Vaccination in Bombay 1889-1901 - 1889-1901
Year: 1889
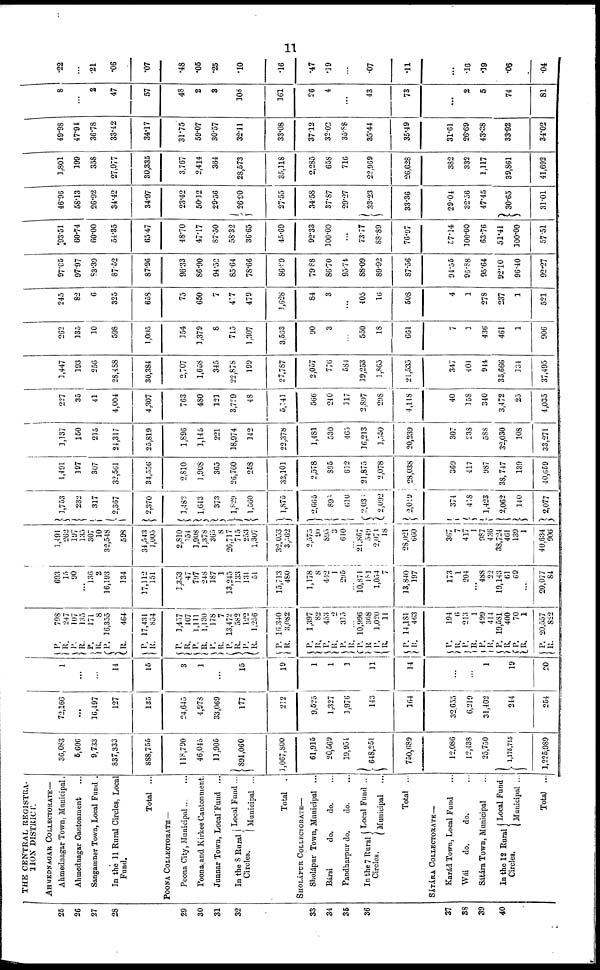
11
25
26
27
28
29
30
31
32
33
34
35
36
37
38
39
40
THE CENTRAL REGISTRA-
-ION DISTRICT.
AHMEDNAGAR COLLECTORATE—
Ahmednagar Town, Municipal.
Ahmednagar Cantonment ...
Sangamner Town, Local Fund .
In the 11 Rural Circles, Local
Fund.
Total ...
POONA COLLECTORATE—
Poona City,
Municipal...
...
Poona and Kirkee Cantonment.
Junnar Town, Local Fund ...
In the 8 Rural
Circles.
Local Fund ...
Municipal ...
Total
.
SHOLÁPUR COLLECTORATE—
Sholápur Town, Municipal ...
Bársi
do.
do.
Pandharpur do.
do.
In the 7 Rural
Circles.
Local Fund ..
Municipal ...
Total ...
SATÁRA COLLECTORATE—
Karád Town, Local Fund ...
Wái
do.
do. ...
Sátára Town, Municipal ...
In the 12 Rural
Circles.
Local Fund .
Municipal ...
Total ...
36,083
5,606
9,733
837,333
888,755
118,790
46,045
11,905
891,060
1,067,800
61,915
20,569
19,954
648,251
750,689
12,086
12,438
25,750
1,175,715
1,225,989
72,166
...
16,497
127
135
24,645
4,978
33,069
177
212
9,525
1,327
1,976
143
164
32,655
6,219
31,402
244
254
1
...
...
14
15
3
1
...
15
19
1
1
1
11
14
...
...
1
19
20
P.
R.
P.
R.
P.
R.
P.
R.
P.
R.
798
247
107
135
171
8
16,355
464
17,431
854
P.
R.
P.
R.
P.
R.
P.
R.
P.
R.
P.
R.
1,457
107
1,111
1,130
178
7
13,472
582
122
1,256
16,340
3,082
P.
R.
P.
R.
P.
R.
P.
R.
P.
R.
P.
R.
1,397
82
453
2
315
...
10,996
368
1,020
11
14,181
463
P.
R.
P.
R.
P.
R.
P.
R. P.
R.
P.
R.
194
6
213
1
499
414
19,581
400
70
1
20,557
822
693
15
90
...
136
2
16,193
134
17,112
151
1,353
47
797
248
187
1
13,245
133
131
51
15,713
480
1,178
8
442
1
295
...
10,871
181
1,054
7
13,840
197
173
1
204
...
488
22
19,143
61
69
...
20,077
84
1,491
262
197
135
307
10
32,548
598
34,543
1,005
2,810
154
3,908
1,378
365
8
26,717
715
253
1,307
32,053
3,562
2,575
90
895
3
610
...
21,867
549
2,074
18
28,021
660
367
7
417
1
987
436
38,724
461
139
1
40,634
906
1,753
232
317
2,367
2,370
1,482
1,643
373
1,829
1,560
1,875
2,665
896
610
2,036
2,092
2,019
374
418
1,423
2,062
140
2,077
1,491
197
307
32,561
34,556
2,810
1,908
365
26,760
258
32,101
2,578
895
612
21,875
2,078
28,038
369
417
987
38,747
139
40,659
1,137
150
215
24,317
25,819
1,896
1,145
221
18,974
142
22,378
1,481
530
465
16,213
1,550
20,239
307
238
588
32,030
108
33,271
227
35
41
4,004
4,307
763
480
121
3,729
48
5,141
566
240
117
2,897
298
4,118
40
158
340
3,472
25
4,035
1,447
193
256
28,488
30,384
2,707
1,658
345
22,878
199
27,787
2,057
776
584
19,253
1,865
21,535
347
404
944
35,666
134
37,495
262
135
10
598
1,005
354
1,379
8
715
1,307
3,563
90
3
...
550
18
661
7
1
436
461
1
906
245
82
6
325
658
75
650
7
417
479
1,628
84
3
...
405
16
508
4
1
278
237
1
521
97.05
97.97
83.39
87.52
87.96
96.33
86.90
94.52
85.64
78.66
86.89
79.88
86.70
95.74
88.09
89.92
87.56
94.55
90.88
95.64
92.10
96.40
92.27
93.51
60.74
60.00
54.35
65.47
48.70
47.17
87.50
58.32
36.65
45.69
92.33
100.00
...
73.77
88.89
76.97
57.14
100.00
63.76
51.41
100.00
57.51
46.96
58.13
26.92
34.42
34.97
23.42
50.12
29.56
26.90
27.55
34.58
37.87
29.27
33.23
33.36
29.04
32.56
47.45
30.65
31.01
1,801
199
358
27,977
30,335
3,767
2,414
364
28,573
35,118
2,285
658
716
22,969
26,628
382
332
1,117
39,861
41,693
49.98
47.94
36.78
33.42
34.17
31.75
59.07
30.57
32.11
33.08
37.12
32.02
35.88
35.44
35.49
31.61
26.69
43.38
33.92
34.02
8
...
2
47
57
48
2
3
108
161
26
4
...
43
73
...
2
5
74
81
.22
...
.21
.06
.07
.48
.05
.25
.10
.16
.47
.19
...
.07
.11
...
.16
.19
.06
.04